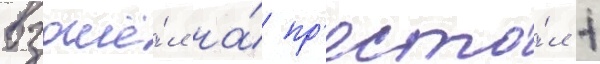
взошё́л на́ пр'есто́л 1